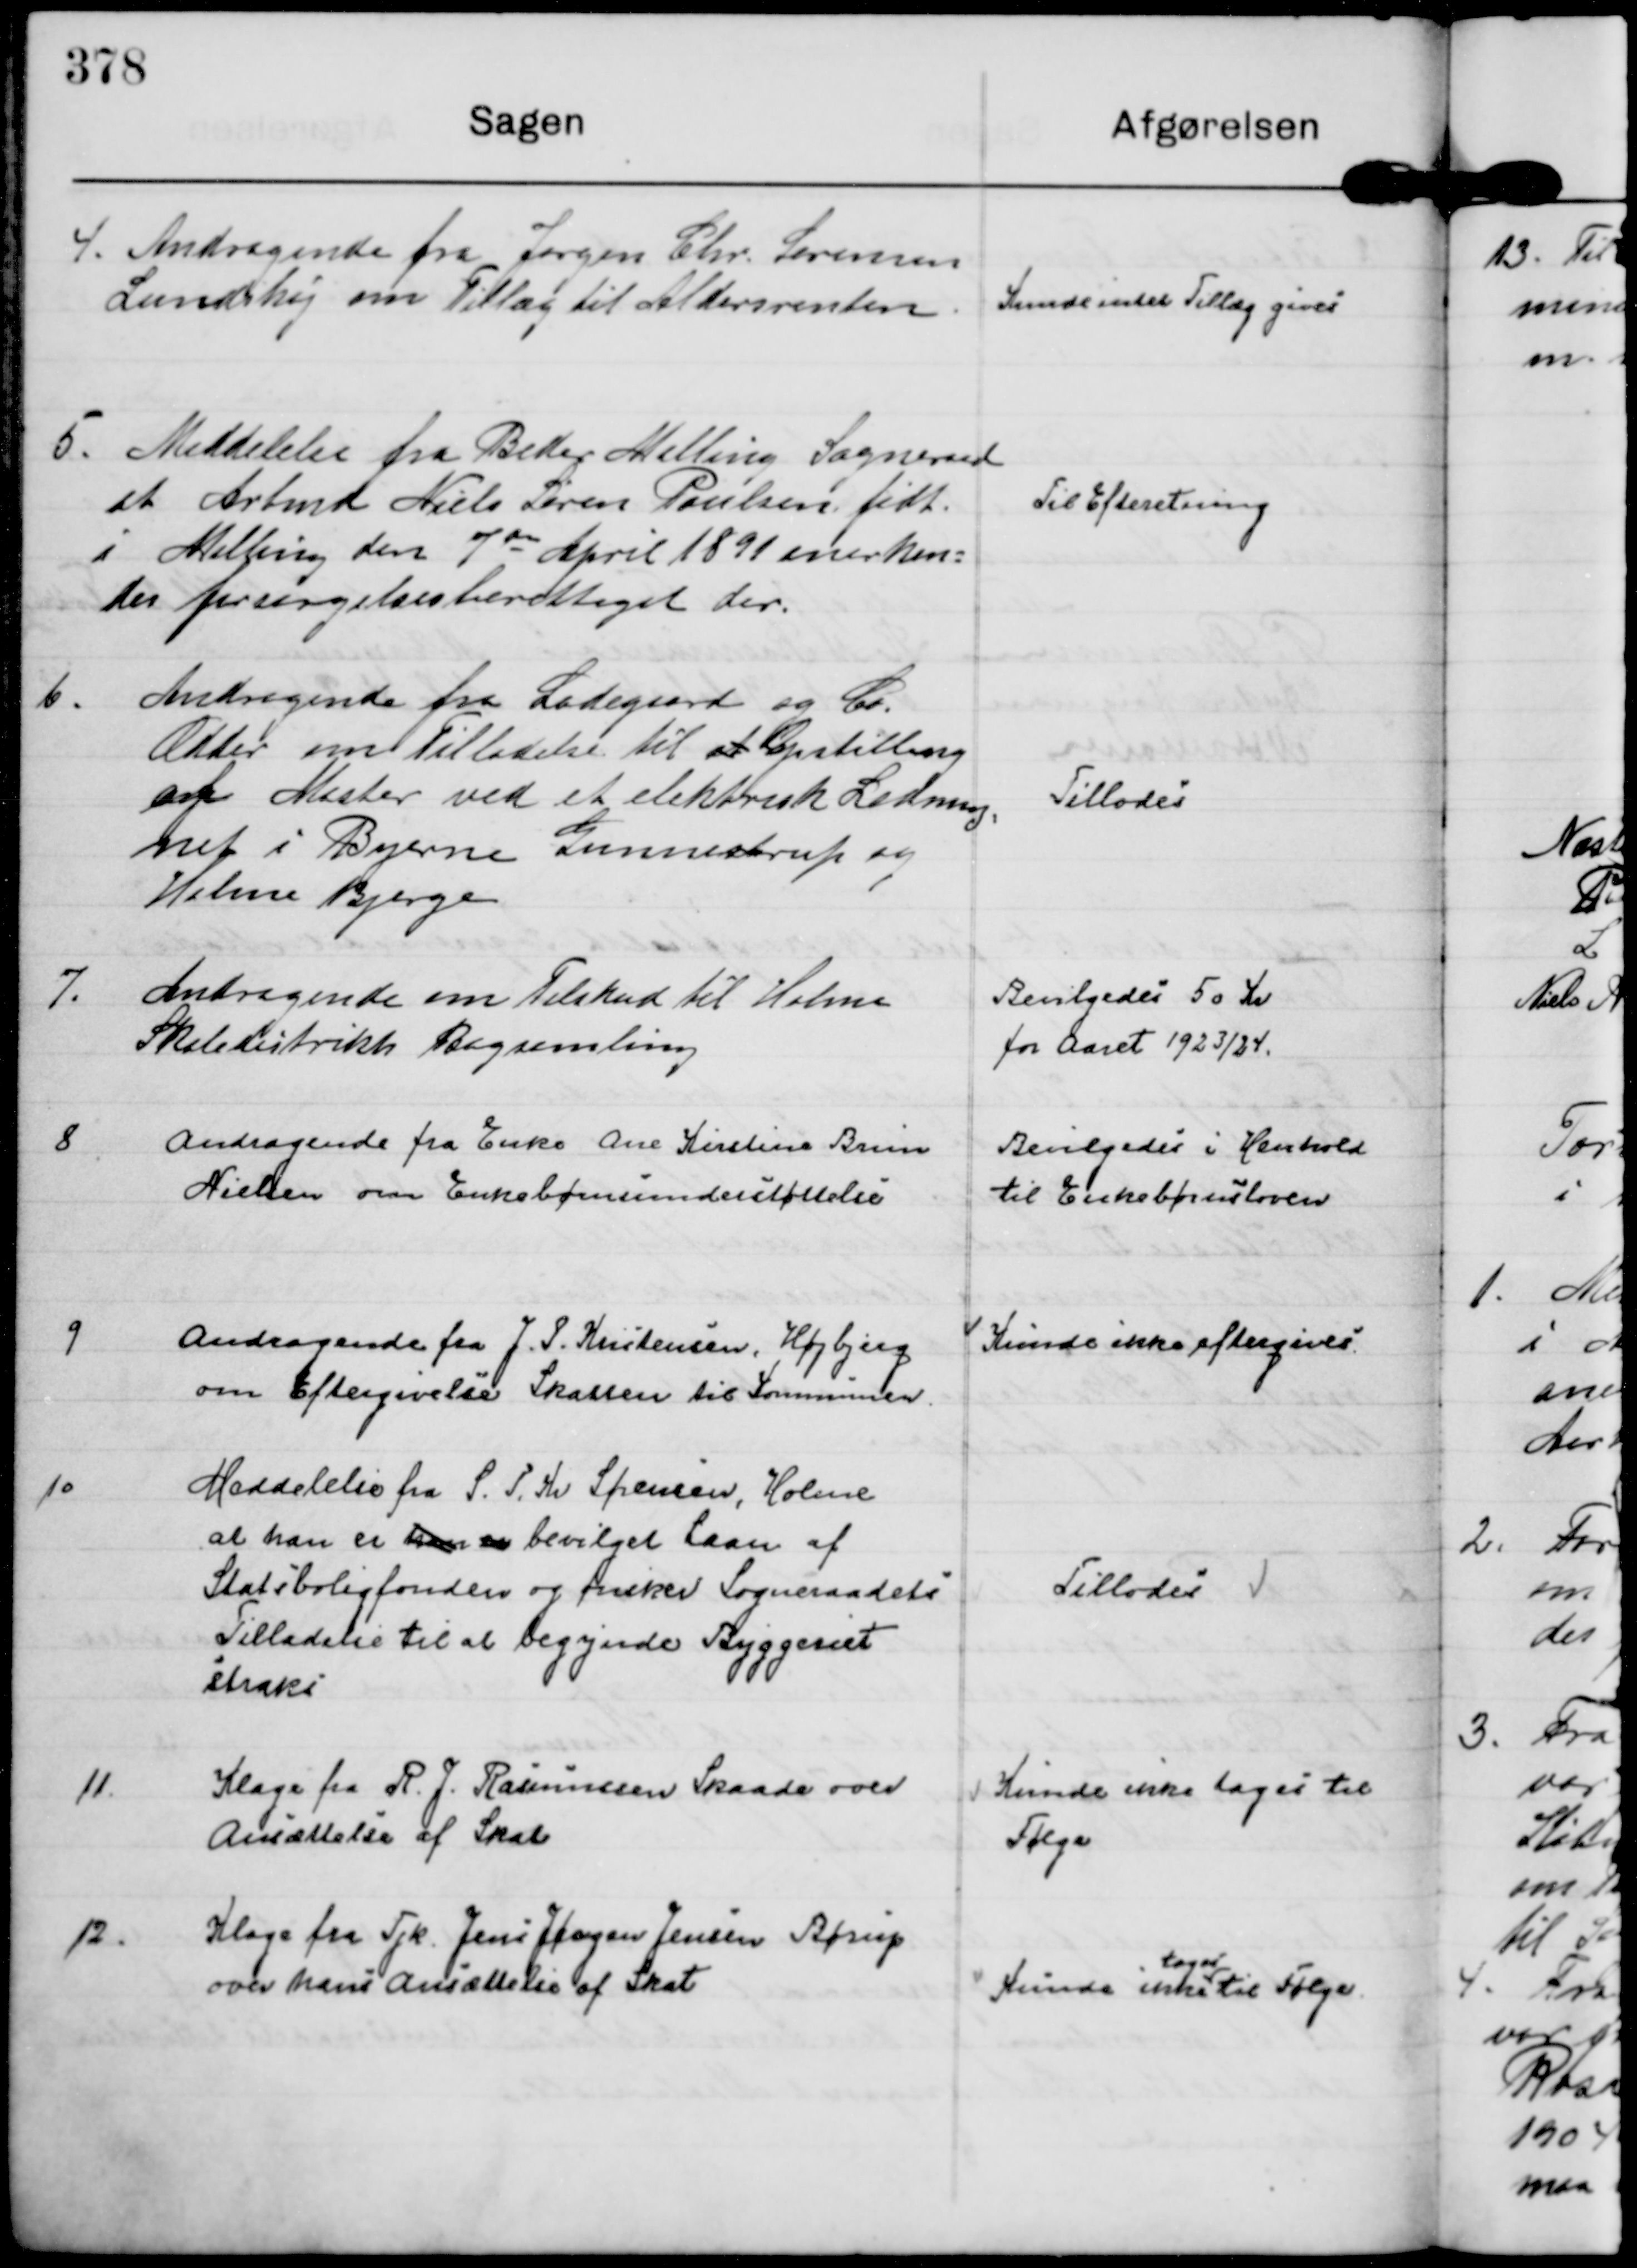
Transskription:
4.
Andragende fra Jørgen Chr. Sørensen
Lundshøj om Tillæg til Aldersrenten.

Kunde intet Tillæg gives

5.
Meddelelse fra Beder Malling Sogneraad
at Arbmd Niels Søren Poulsen født 
i Malling den 7 de April 1891 anerken= 
des forsørgelsesberettiget der.

Til Efteretning

6.
Andragende fra Ladegaard og Co.
Odder om Tilladelse til at Opstilling
af Master ved et elektrisk Ledning=
net i Byerne Gunnestrup og
Holme Bjerge

Tillodes

7.
Andragende om Tilskud til Holme
Skoledistrikts Bogsamling

Bevilgedes 50 Kr
for Aaret 1923/24.

8
Andragende fra Enke Ane Kirstine Brun
Nielsen om Enkebørnsunderstøttelse

Bevilgedes i Henhold
til Enkebørnsloven

9
Andragende fra J. P. Kristensen, Højbjerg
om Eftergivelse Skatten til Kommunen.

Kunde ikke eftergives

10
Meddelelse fra S. P. Kr Sørensen, Holme
at han er han er bevilget Laan af
Statsboligfonden og ønsker Sogneraadets
Tilladelse til at begynde Byggeriet 
straks

Tillodes

11
Klage fra R. J. Rasmussen Skaade over
Ansættelse af Skat

Kunde ikke tages til
Følge

12.
Klage fra Tjk. Jens Jørgen Jensen Børup
over hans Ansættelse af Skat

Kunde ikke
tages
til Følge.